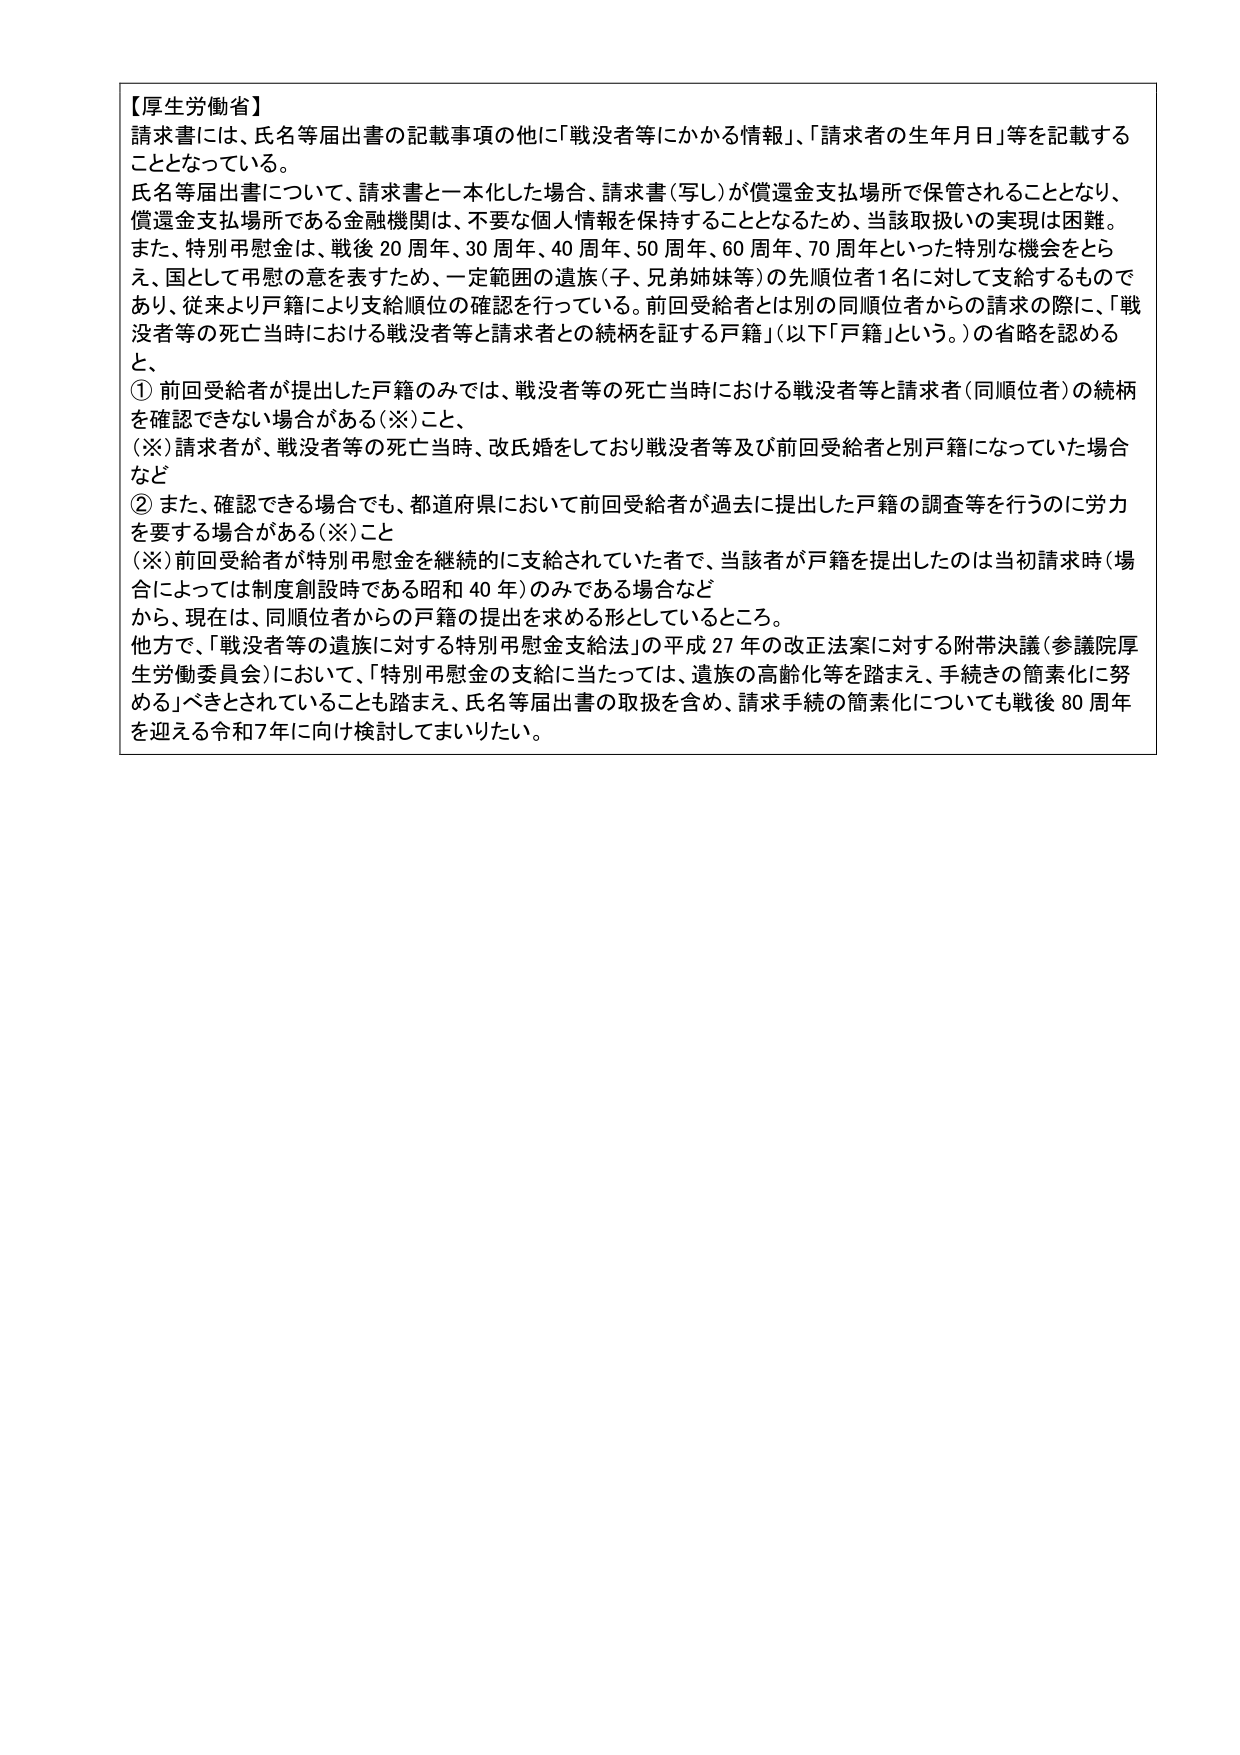
【厚生労働省】
請求書には、氏名等届出書の記載事項の他に「戦没者等にかかる情報」、「請求者の生年月日」等を記載することとなっている。
氏名等届出書について、請求書と一本化した場合、請求書（写し）が償還金支払場所で保管されることとなり、償還金支払場所である金融機関は、不要な個人情報を保持することとなるため、当該取扱いの実現は困難。
また、特別弔慰金は、戦後20周年、30周年、40周年、50周年、60周年、70周年といった特別な機会をとらえ、国として弔慰の意を表すため、一定範囲の遺族（子、兄弟姉妹等）の先順位者1名に対して支給するものであり、従来より戸籍により支給順位の確認を行っている。前回受給者とは別の同順位者からの請求の際に、「戦没者等の死亡当時における戦没者等と請求者との続柄を証する戸籍」（以下「戸籍」という。）の省略を認める と、
① 前回受給者が提出した戸籍のみでは、戦没者等の死亡当時における戦没者等と請求者（同順位者）の続柄を確認できない場合がある（※）こと、
（※）請求者が、戦没者等の死亡当時、改氏婚をしており戦没者等及び前回受給者と別戸籍になっていた場合など
② また、確認できる場合でも、都道府県において前回受給者が過去に提出した戸籍の調査等を行うのに労力を要する場合がある（※）こと
（※）前回受給者が特別弔慰金を継続的に支給されていた者で、当該者が戸籍を提出したのは当初請求時（場合によっては制度創設時である昭和40年）のみである場合など
から、現在は、同順位者からの戸籍の提出を求める形としているところ。
他方で、「戦没者等の遺族に対する特別弔慰金支給法」の平成27年の改正法案に対する附帯決議（参議院厚生労働委員会）において、「特別弔慰金の支給に当たっては、遺族の高齢化等を踏まえ、手続きの簡素化に努める」べきとされていることも踏まえ、氏名等届出書の取扱を含め、請求手続の簡素化についても戦後80周年を迎える令和7年に向け検討してまいりたい。